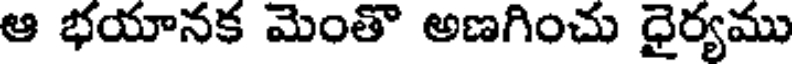
ఆ భయానక మెంతొ అణగించు ధైర్యము